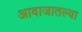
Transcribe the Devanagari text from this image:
आवाजातल्या